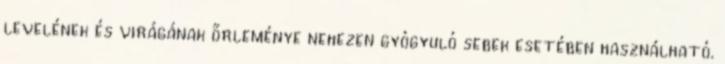
levelének és virágának őrleménye nehezen gyógyuló sebek esetében használható.